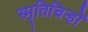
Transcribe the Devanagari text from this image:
स्मृतिचिन्हों